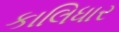
કાલિધાર